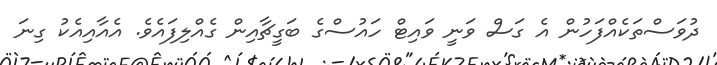
ދުވަސްތަކެއްފަހުން އެ ގަސް ވަނީ ވައިޓް ހައުސްގެ ބަގީޗާއިން ގެއްލިފައެވެ. އެއާއިއެކު ގިނަ